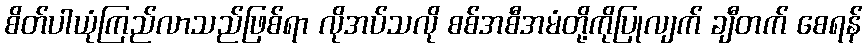
စိတ်ပါယုံကြည်လာသည်ဖြစ်ရာ လိုအပ်သလို စစ်အစီအမံတို့ကိုပြုလျက် ချီတက် စေရန်